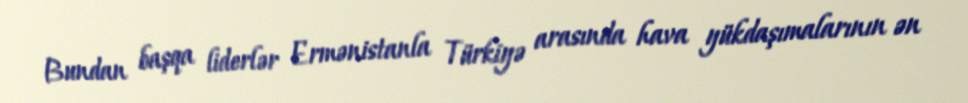
Bundan başqa liderlər Ermənistanla Türkiyə arasında hava yükdaşımalarının ən